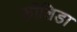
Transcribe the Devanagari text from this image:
फीलिडा